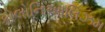
કોલોનિઆલિઝમ